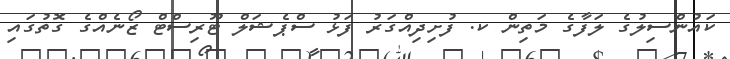
ކައުންސިލުގެ ލަފާގެ މަތިން ކ. ފުށިދިއްގަރު ފަޅު ސްޕެޝަލް ޓޫރިސްޓް ޒޯނެއްގެ ގޮތުގައި